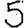
Digit: 5